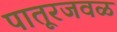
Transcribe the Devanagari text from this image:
पातूरजवळ